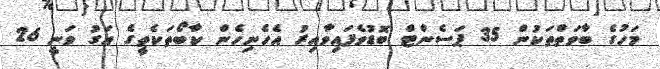
މަހުގެ ބާވަތްތަކުން 35 ޕަސެންޓް ބޮޑުވެފައިވާއިރު އެހެނިހެން ކާބޯތަކެތީގެ އަގު ވަނީ 26